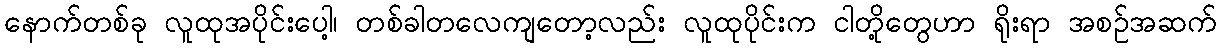
နောက်တစ်ခု လူထုအပိုင်းပေါ့၊ တစ်ခါတလေကျတော့လည်း လူထုပိုင်းက ငါတို့တွေဟာ ရိုးရာ အစဉ်အဆက်